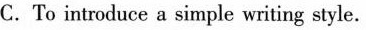
C.To introduce a sirnple writing style.